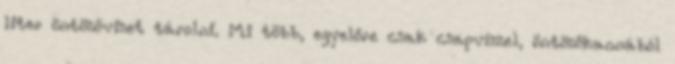
liter öntözővizet tárolni. Mi több, egyelőre csak csapvízzel, öntözőkannából